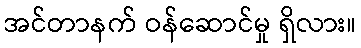
အင်တာနက် ဝန်ဆောင်မှု ရှိလား။